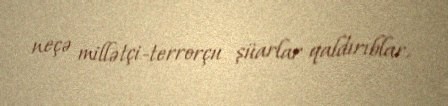
neçə millətçi-terrorçu şüarlar qaldırıblar.